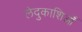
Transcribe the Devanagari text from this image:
लेदुकाशिआँ